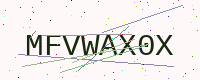
Text: MFVWAX0X